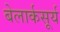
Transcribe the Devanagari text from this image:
बेलार्कसूर्य